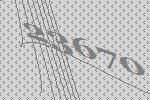
23670